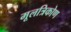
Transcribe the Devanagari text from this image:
मूलत्रिकोण